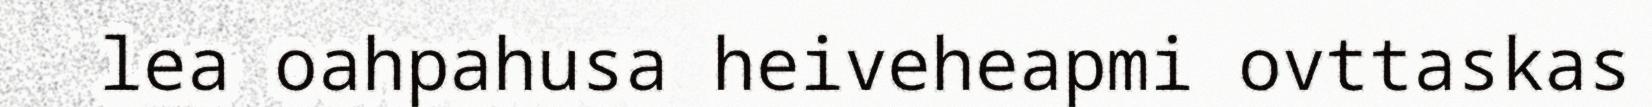
lea oahpahusa heiveheapmi ovttaskas